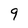
Character: 9